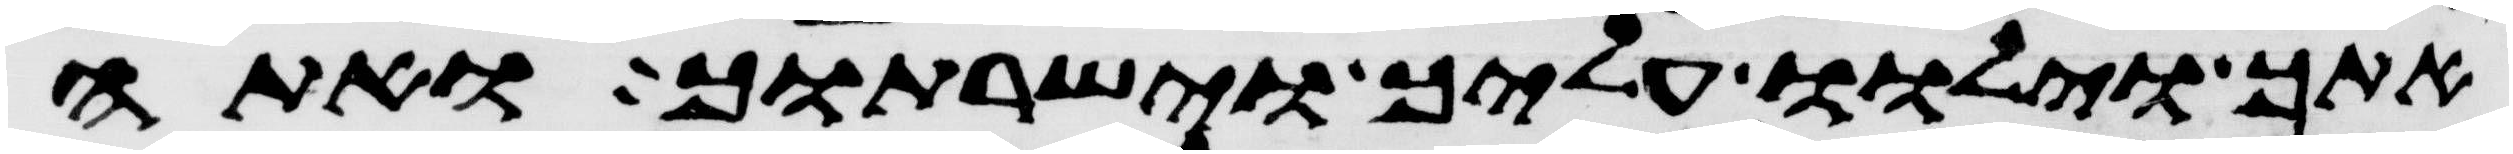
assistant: אתך וילוו עליך וישרתוך ואתה